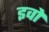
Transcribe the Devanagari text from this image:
इवों